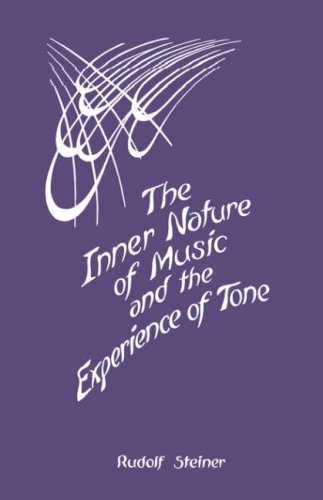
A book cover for The Inner Nature of Music and the Experience of Tone; Rudolf Steiner; Religion & Spirituality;